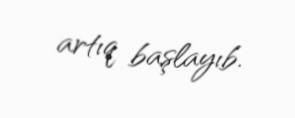
artıq başlayıb.